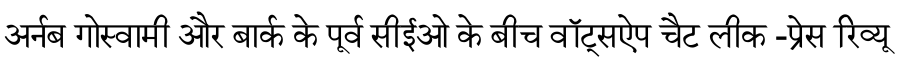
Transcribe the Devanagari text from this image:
अर्नब गोस्वामी और बार्क के पूर्व सीईओ के बीच वॉट्सऐप चैट लीक -प्रेस रिव्यू